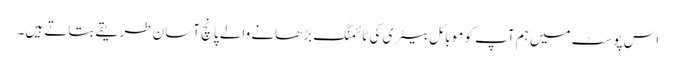
اس پوسٹ میں ہم آپ کو موبائل بیٹری کی ٹائمنگ بڑھانے والے پانچ آسان طریقے بتاتے ہیں۔